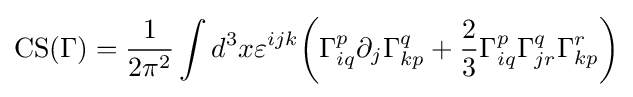
\operatorname {CS} (\Gamma )={\frac {1}{2\pi ^{2}}}\int d^{3}x\varepsilon ^{ijk}{\biggl (}\Gamma _{iq}^{p}\partial _{j}\Gamma _{kp}^{q}+{\frac {2}{3}}\Gamma _{iq}^{p}\Gamma _{jr}^{q}\Gamma _{kp}^{r}{\biggr )}